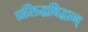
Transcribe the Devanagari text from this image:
प्रसिद्धविद्वान्